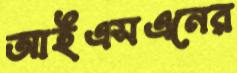
আইএসএনের